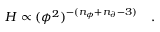
H \propto ( \phi ^ { 2 } ) ^ { - ( n _ { \phi } + n _ { \partial } - 3 ) } \quad .